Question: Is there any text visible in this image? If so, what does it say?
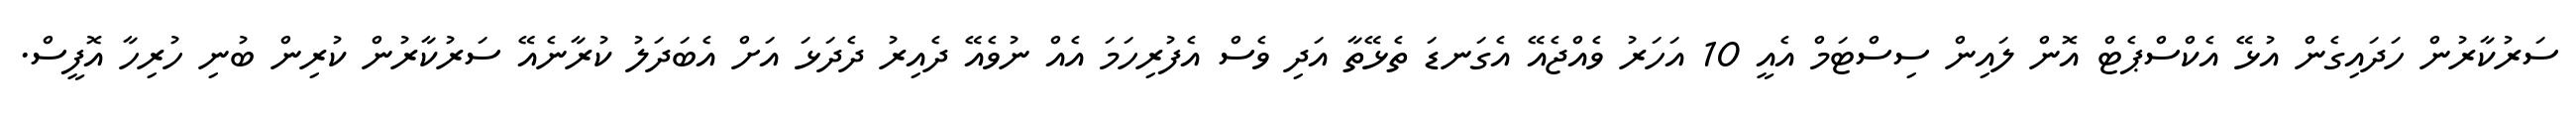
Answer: ސަރުކާރުން ހަދައިގެން އުޅޭ އެކްސްޕެޓް އޮން ލައިން ސިސްޓަމް އެއީ 10 އަހަރު ވެއްޖެއޭ އެގަނޑަ ތެޅޭތާ އަދި ވެސް އެފުރިހަމަ އެއް ނުވެއޭ ދެއިރު ދެދަޅަ އަށް އެބަދަލު ކުރާނެއޭ ސަރުކާރުން ކުރިން ބުނި ހުރިހާ އޮފީސް.